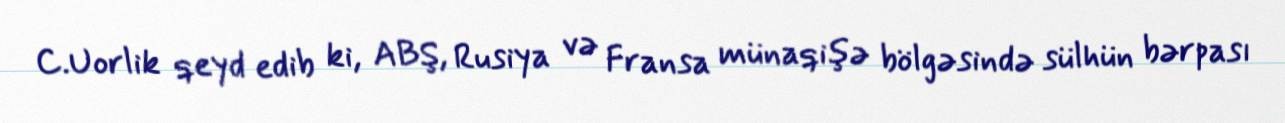
C.Uorlik qeyd edib ki, ABŞ, Rusiya və Fransa münaqişə bölgəsində sülhün bərpası